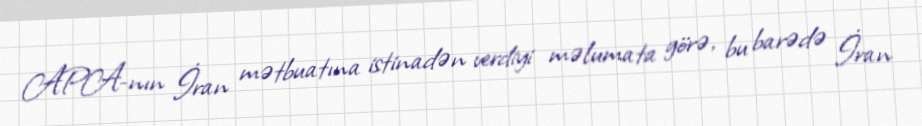
APA-nın İran mətbuatına istinadən verdiyi məlumata görə, bu barədə İran